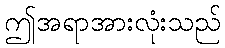
ဤအရာအားလုံးသည်